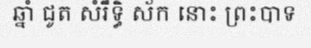
ឆ្នាំ ជូត សំរឹទ្ធិ ស័ក នោះ ព្រះបាទ